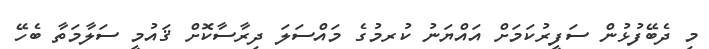
މި ދެބޭފުޅުން ސަފީރުކަމަށް އައްޔަނު ކުރމުގެ މައްސަލަ ދިރާސާކޮށް ޤައުމީ ސަލާމަތާ ބެހޭ